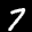
Label: 7